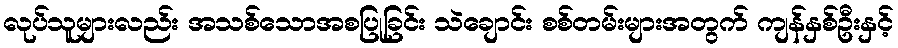
လုပ်သူများလည်း အသစ်သောအစပြုခြင်း သဲချောင်း စစ်တမ်းများအတွက် ကျန်နှစ်ဦးနှင့်